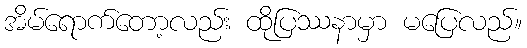
အိမ်ရောက်တော့လည်း ထိုပြဿနာမှာ မပြေလည်။